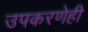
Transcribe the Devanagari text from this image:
उपकरणेही